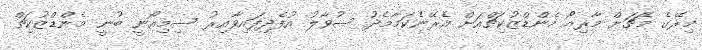
މިރޭގެ މެޗަށް މާރިއޯ މެންޑްޒުކިޗްއަށް އެރޭނެކަމާމެދު ސުވާލު އުފެދިފައިވާއިރު ސިމިއޯނީ ބުނީ މެންޑްޒުކިޗް